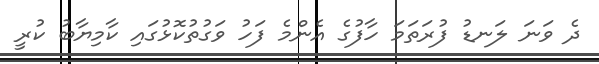
ދެ ވަނަ ލަނޑު ފުރަތަމަ ހާފުގެ އެންމެ ފަހު ވަގުތުކޮޅުގައި ކާމިޔާބު ކުރީ